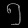
Digit: ၅